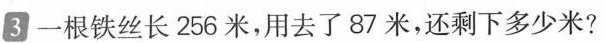
3一根铁丝长256米，用去了87米，还剩下多少米?